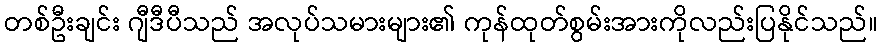
တစ်ဦးချင်း ဂျီဒီပီသည် အလုပ်သမားများ၏ ကုန်ထုတ်စွမ်းအားကိုလည်းပြနိုင်သည်။